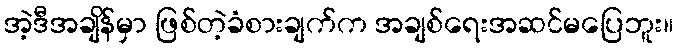
အဲ့ဒီအချိန်မှာ ဖြစ်တဲ့ခံစားချက်က အချစ်ရေးအဆင်မပြေဘူး။